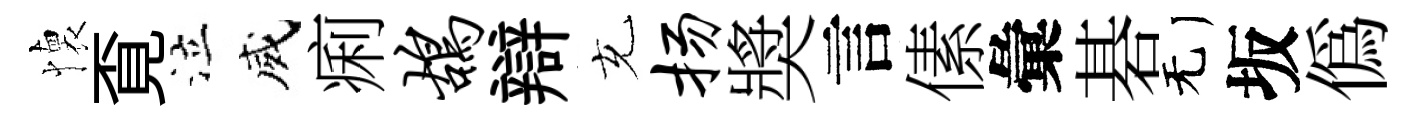
懐覔泣威痢鸪辯充扬奬言傃彙碁无坂偽